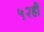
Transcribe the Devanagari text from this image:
५२ही